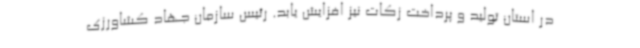
در استان تولید و پرداخت زکات نیز افزایش یابد. رئیس سازمان جهاد کشاورزی